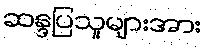
ဆန္ဒပြသူများအား